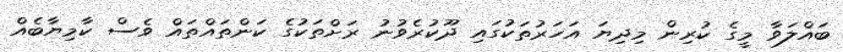
ބައްލަވާ މީގެ ކުރިން މިދިޔަ އަހަރުތަކުގައި ދޫކުރެވުނު ރަށްތަކުގެ ކަންތައްތައް ވެސް ކާމިޔާބެއް